Malaria in the Punjab - Number 46
Disease focus: Malaria
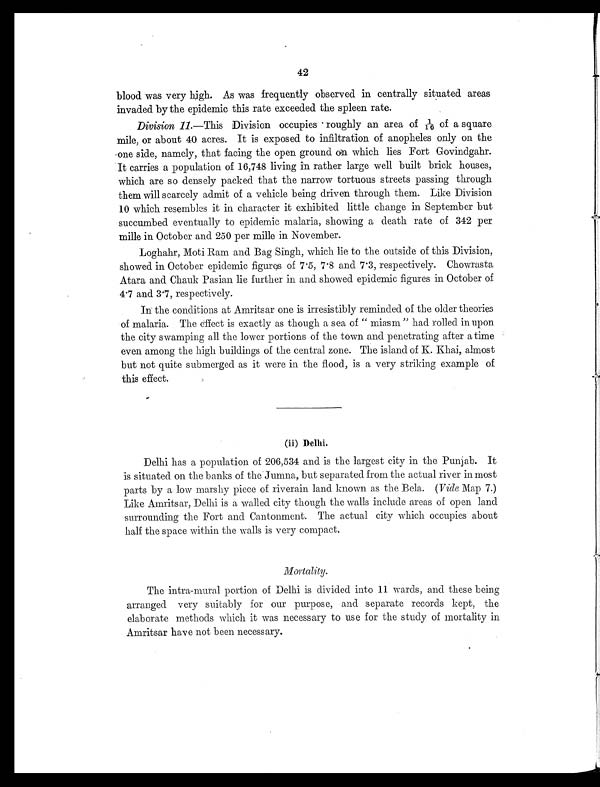
42
blood was very high. As was frequently observed in centrally situated areas
invaded by the epidemic this rate exceeded the spleen rate.
Division 11.—This Division occupies roughly an area of 1 / 1 6
o f a s q u a r e
mile, or about 40 acres. It is exposed to infiltration of anopheles only on the
one side, namely, that facing the open ground on which lies Fort Govindgahr.
It carries a population of 16,748 living in rather large well built brick houses,
which are so densely packed that the narrow tortuous streets passing through
them will scarcely admit of a vehicle being driven through them. Like Division
10 which resembles it in character it exhibited little change in September but
succumbed eventually to epidemic malaria, showing a death rate of 342 per
mille in October and 250 per mille in November.
Loghahr, Moti Ram and Bag Singh, which lie to the outside of this Division,
showed in October epidemic figures of 7.5, 7.8 and 7.3, respectively. Chowrasta
Atara and Chauk Pasian lie further in and showed epidemic figures in October of
4.7 and 31, respectively.
In the conditions at Amritsar one is irresistibly reminded of the older theories
of malaria. The effect is exactly as though a sea of "miasm" had rolled in upon
the city swamping all the lower portions of the town and penetrating after a time
even among the high buildings of the central zone. The island of K. Khai, almost
but not quite submerged as it were in the flood, is a very striking example of
this effect.
(ii) Delhi,
Delhi has a population of 206,534 and is the largest city in the Punjab. It
is situated on the banks of the Jumna, but separated from the actual river in most
parts by a low marshy piece of riverain land known as the Bela. (Vide Map 7.)
Like Amritsar, Delhi is a walled city though the walls include areas of open land
surrounding the Fort and Cantonment. The actual city which occupies about
half the space within the walls is very compact.
Mortality.
The intra-mural portion of Delhi is divided into 11 wards, and these being
arranged very suitably for our purpose, and separate records kept, the
elaborate methods which it was necessary to use for the study of mortality in
Amritsar have not been necessary.